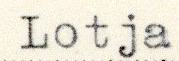
Lotja